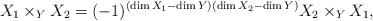
LaTeX: \begin{align*}X_1\times_Y X_2 =(-1)^{(\dim X_1 -\dim Y)(\dim X_2 -\dim Y)} X_2 \times_Y X_1 ,\end{align*}